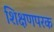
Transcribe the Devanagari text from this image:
शिक्षणपरक